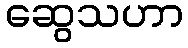
ဆွေသဟာ